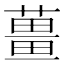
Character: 𬞏